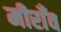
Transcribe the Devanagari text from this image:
मीराँव